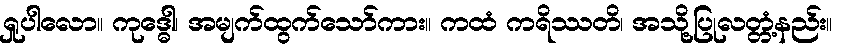
ရှုပါလော။ ကုဒ္ဓေါ၊ အမျက်ထွက်သော်ကား။ ကထံ ကရိဿတိ၊ အသို့ပြုလတ္တံ့နည်း။